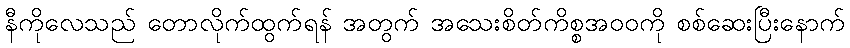
နီကိုလေသည် တောလိုက်ထွက်ရန် အတွက် အသေးစိတ်ကိစ္စအဝဝကို စစ်ဆေးပြီးနောက်